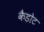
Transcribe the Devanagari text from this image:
कैडोट